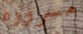
مسروره